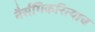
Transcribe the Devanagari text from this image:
नैर्सगिकरित्याच